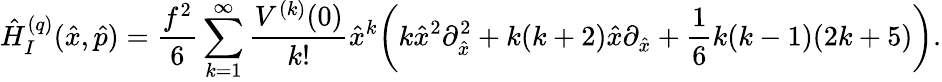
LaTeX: \hat{H}_{I}^{(q)}(\hat{x},\hat{p})=\frac{f^{2}}{6}\sum_{k=1}^{\infty}\frac{V^{(k)}(0)}{k!}\hat{x}^{k}\biggl(k\hat{x}^{2}\partial_{\hat{x}}^{2}+k(k+2)\hat{x}\partial_{\hat{x}}+\frac{1}{6}k(k-1)(2k+5)\biggr).